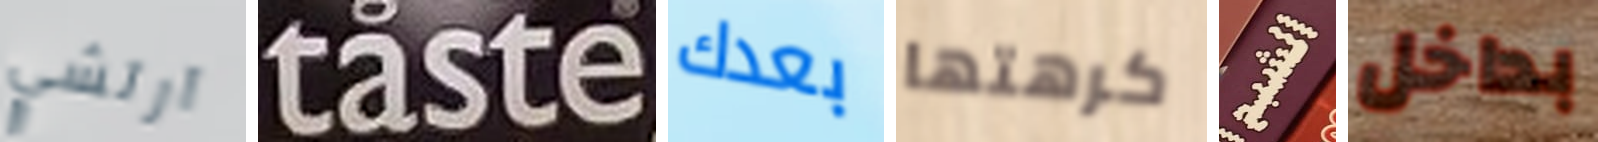
آرتشي taste بعدك كرهتها الشبح بداخل